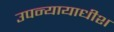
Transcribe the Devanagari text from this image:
उपन्यायाधीश